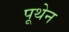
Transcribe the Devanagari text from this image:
पूथेन